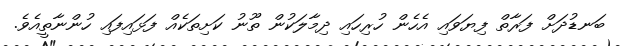
ބަނޑުދަށް ފަރާތް ފިޔަވައި އެހެން ހުރިހައި ދިމާލަކުން ތޫނު ކަށިތަކެއް ފަޅައިފައި ހުންނާތީއެވެ.